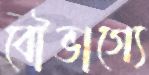
বৌভাগ্যে